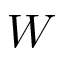
W